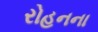
રોહનના